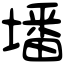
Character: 墦